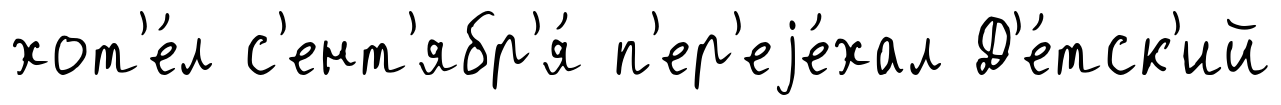
хот'е́л с'ент'ябр'я́ п'ер'еjе́хал Д'е́тск'ий